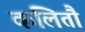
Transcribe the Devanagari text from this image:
कलितौ